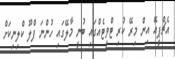
އެޗްޕީއޭ އިން މިރޭ ކުރި ޓްވީޓެއްގައި ބުނީ މާލޭގައި ހުންނަ ފްލޫ ކްލިނިކަށް